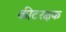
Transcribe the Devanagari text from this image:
कीटरक्षक